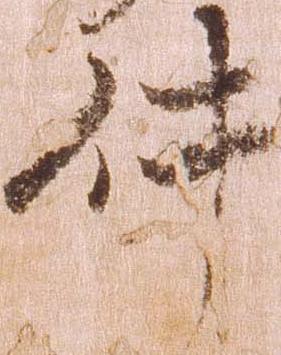
件